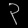
Digit: ၃